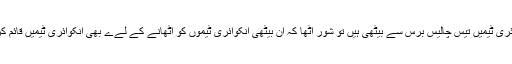
جبکہ انکوائری ٹیمیں تیس چالیس برس سے بیٹھی ہیں تو شور اٹھا کہ ان بیٹھی انکوائری ٹیموں کو اٹھانے کے لےے بھی انکوائری ٹیمیں قائم کردی جائیں۔